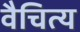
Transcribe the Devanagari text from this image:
वैचित्य